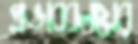
প্রভাববলয়ের